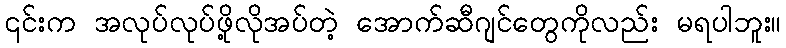
၎င်းက အလုပ်လုပ်ဖို့လိုအပ်တဲ့ အောက်ဆီဂျင်တွေကိုလည်း မရပါဘူး။